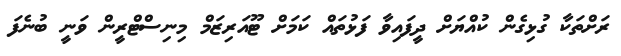
ރަށްތަކާ ގުޅިގެން ކުއްޔަށް ދީފައިވާ ފަޅުތައް ކަމަށް ޓޫއަރިޒަމް މިނިސްޓްރީން ވަނީ ބުނެފަ